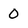
Character: 0